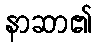
နာဆာ၏